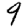
Digit: 9